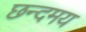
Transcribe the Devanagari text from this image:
छन्दमय